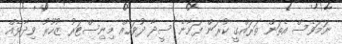
ނަމަވެސް އެތަން ތަރައްގީ ކުރަން ފަށާނެ ސީދާ ދުވަހެއް މިނިސްޓަރު ޒުހޫރު ވިދާޅެއް